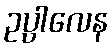
ဥပ္ပါလေန